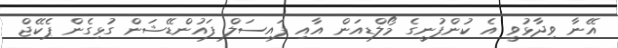
އޭނާ ވިދާޅުވީ އެ ކުންފުނީގެ މޯލްޑިއަން އާއި ފައިސަލް ފައުންޑޭޝަން ގުޅިގެން ޕެކޭޖް